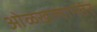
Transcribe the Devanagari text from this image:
ओळखल्यानतंर